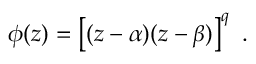
\phi ( z ) = \left[ ( z - \alpha ) ( z - \beta ) \right] ^ { q } \ .